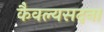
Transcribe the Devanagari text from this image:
कैवल्यसदना